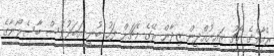
ރެއާލްގެ ކޯޗު ޒައިނުއްދީން ޒިދާން ރޭގެ މެޗަށް ފަހު ބުނީ އަބަދުވެސް ބާސެލޯނާގެ